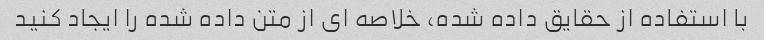
با استفاده از حقایق داده شده، خلاصه ای از متن داده شده را ایجاد کنید